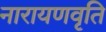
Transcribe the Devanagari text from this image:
नारायणवृति